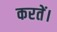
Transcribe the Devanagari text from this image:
करतें।